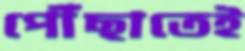
পৌঁছাতেই